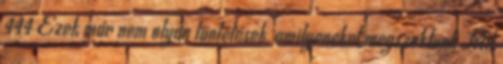
444 Ezek már nem olyan tüntetések, amilyeneket megszoktunk Mit